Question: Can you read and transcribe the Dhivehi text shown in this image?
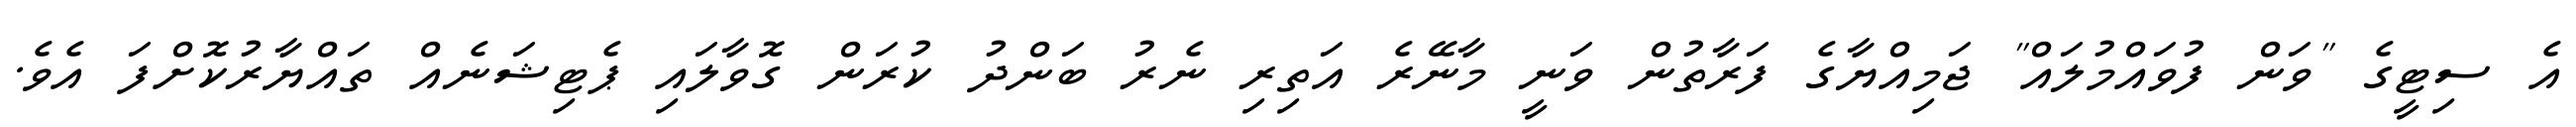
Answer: އެ ސިޓީގެ "ވަން ފުވައްމުލައް" ޖަމިއްޔާގެ ފަރާތުން ވަނީ މާނޭރެ އަތިރި ނެރު ބަންދު ކުރަން ގޮވާލައި ޕެޓިޝަނެއް ތައްޔާރުކޮށްފަ އެވެ.